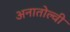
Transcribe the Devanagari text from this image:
अनातोल्वी